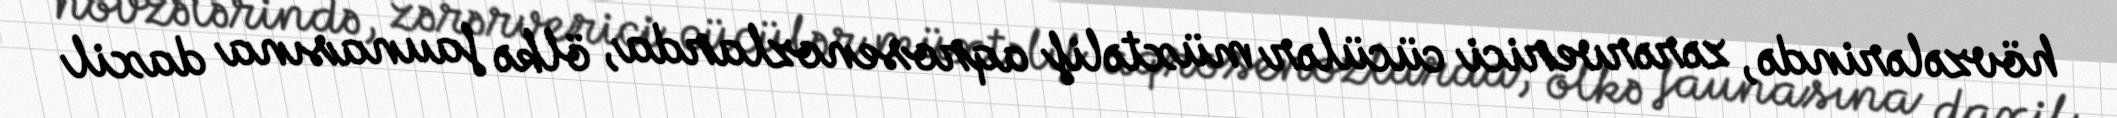
hövzələrində, zərərverici cücülər müxtəlif aqrosenozlarda, ölkə faunasına daxil